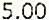
5.00